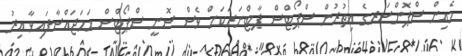
މެއިން ސްޕޮންސަރގެ އިތުރުން ސްޕޯޓްސް ޕާޓްނަރަކަށް ވެސް ސޮނީ ސްޕޯޓްސް ހަމަޖައްސާފައިވާ އިރު